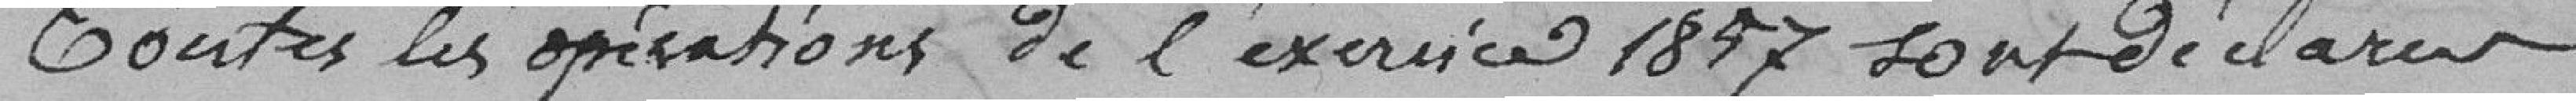
Toutes les opérations de l'exercice 1857 sont déclarés